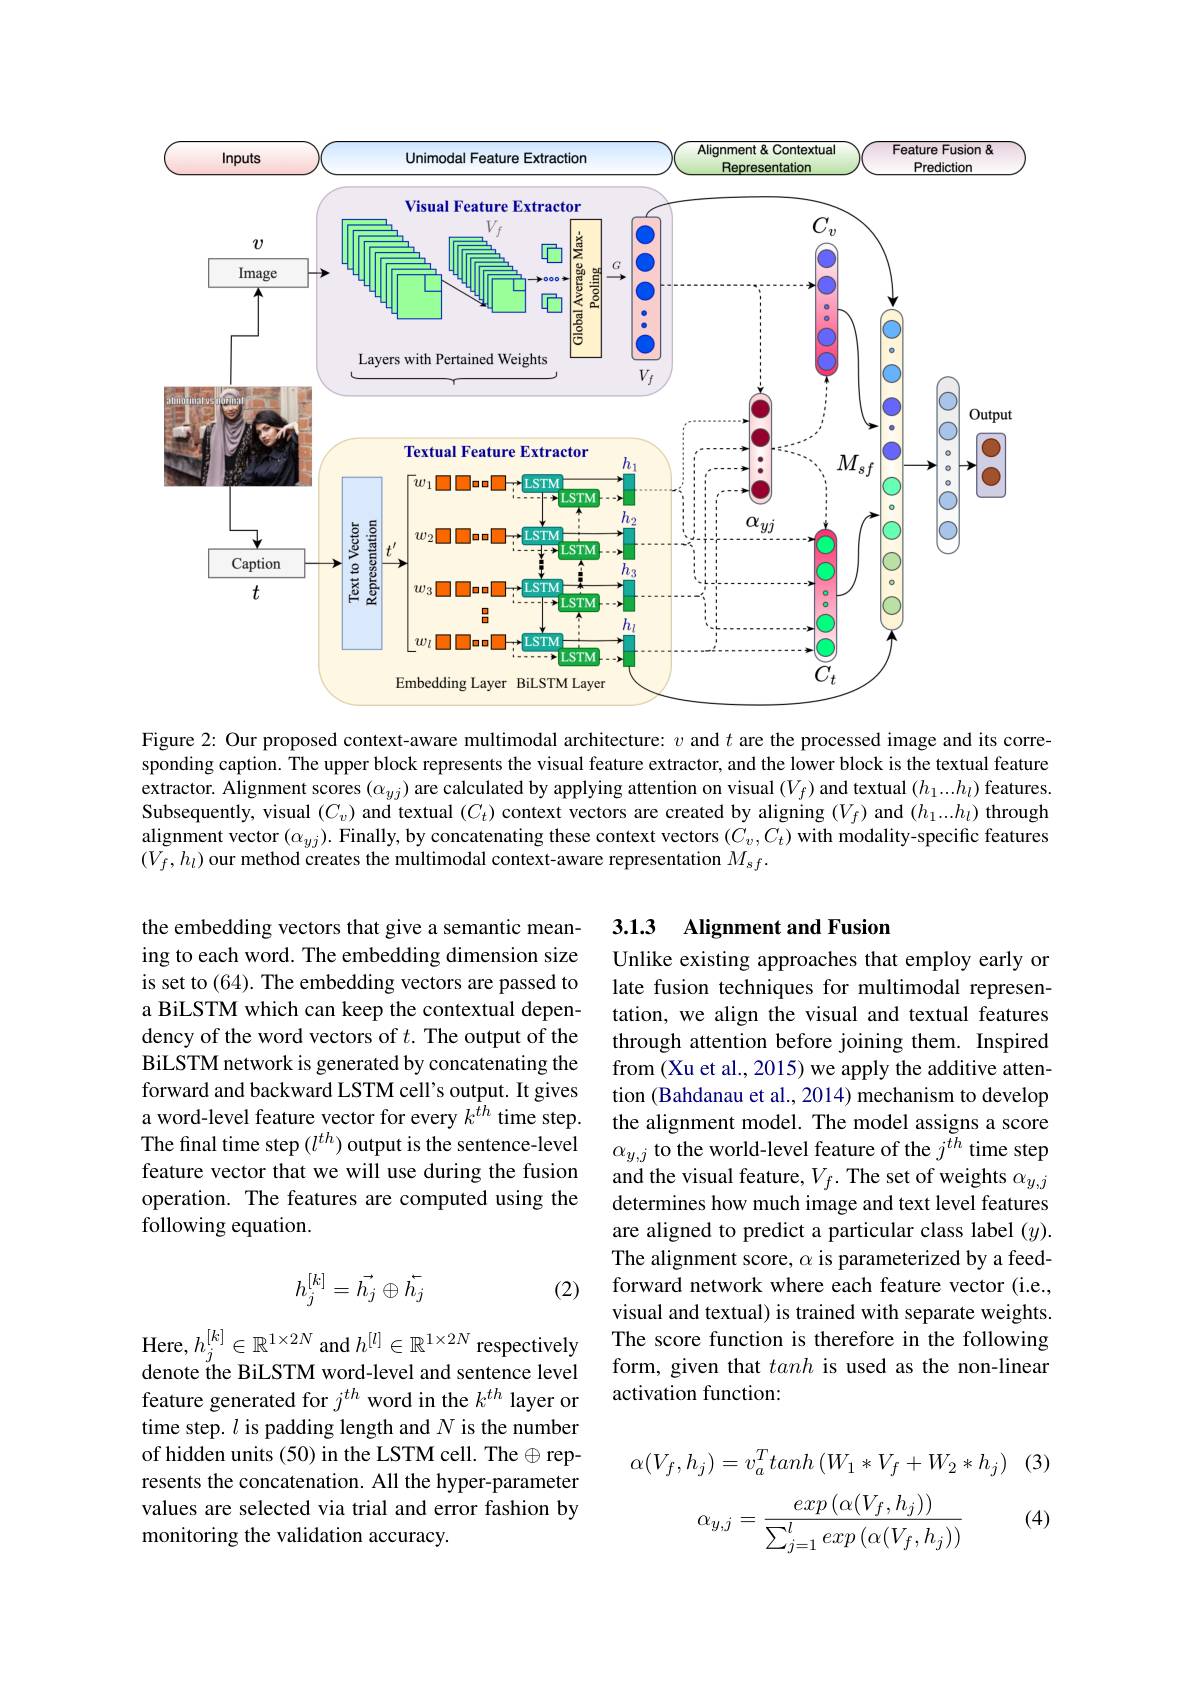
<FigureHere>

Figure 2: Our proposed context-aware multimodal architecture: $v$ and $t$ are the processed image and its corresponding caption. The upper block represents the visual feature extractor, and the lower block is the textual feature extractor. Alignment scores $(\alpha_{yj})$ are calculated by applying attention on visual $(V_f)$ and textual $(h_1...h_l)$ features Subsequently, visual $(C_v)$ and textual $(C_t)$ context vectors are created by aligning $(V_f)$ and $(h_1...h_l)$ through alignment vector $(\alpha_{yj}).$ Finally, by concatenating these context vectors $(C_v,C_t)$ with modality-specific features $(V_{f},h_{l})$ our method creates the multimodal context-aware representation $M_sf.$

## 3.1.3 Alignment and Fusion

the embedding vectors that give a semantic meaning to each word. The embedding dimension size is set to (64). The embedding vectors are passed to a BiLSTM which can keep the contextual dependency of the word vectors of $t.$ The output of the BiLSTM network is generated by concatenating the forward and backward LSTM cell's output. It gives a word-level feature vector for every $k^{\tilde{t}h}$ time step. The final time step $(l^{th})$ output is the sentence-level feature vector that we will use during the fusion operation. The features are computed using the following equation.

Unlike existing approaches that employ early or late fusion techniques for multimodal representation, we align the visual and textual features through attention before joining them. Inspired from (Xu et al., 2015) we apply the additive attention (Bahdanau et al., 2014) mechanism to develop the alignment model. The model assigns a score $\alpha_{y,j}$ to the world-level feature of the $j^th$ time step and the visual feature, $V_f.$ The set of weights $\alpha_y,j$ determines how much image and text level features are aligned to predict a particular class label $(y).$ The alignment score, $\alpha$ is parameterized by a feedforward network where each feature vector (i.e., visual and textual) is trained with separate weights. The score function is therefore in the following form, given that tanh is used as the non-linear activation function:
$$h_j^{[k]}=\vec{h_j}\oplus\vec{h_j}$$
(2)

$\begin{array}{l}{\mathrm{Here,}h_{j}^{[k]}\in\mathbb{R}^{1\times2N}\mathrm{~and~}h^{[l]}\in\mathbb{R}^{1\times2N}\mathrm{~respectively}}\\{\mathrm{denote~the~BiLSTM~word-level~and~sentence~level}}\end{array}$ feature generated for $j^{th}$ word in the $k^{th}$ layer or time step. $l$ is padding length and $N$ is the number of hidden units (50) in the LSTM cell. The $\oplus$ represents the concatenation. All the hyper-parameter values are selected via trial and error fashion by monitoring the validation accuracy.
$$\alpha(V_f,h_j)=v_a^Ttanh\left(W_1*V_f+W_2*h_j\right)$$
(3)
$$\alpha_{y,j}=\frac{exp\left(\alpha(V_f,h_j)\right)}{\sum_{j=1}^lexp\left(\alpha(V_f,h_j)\right)}$$
(4)